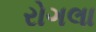
રોગલા